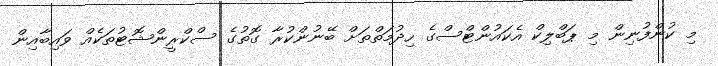
މި ކުންފުނިން މި ޕަބްލިކް އެކައުންޓްސްގެ ހިދުމަތްތަށް ބޭނުންކުރާ ގޮތުގެ ސްކްރީންޝޮޓުތަކެއް ވައިބާއިން